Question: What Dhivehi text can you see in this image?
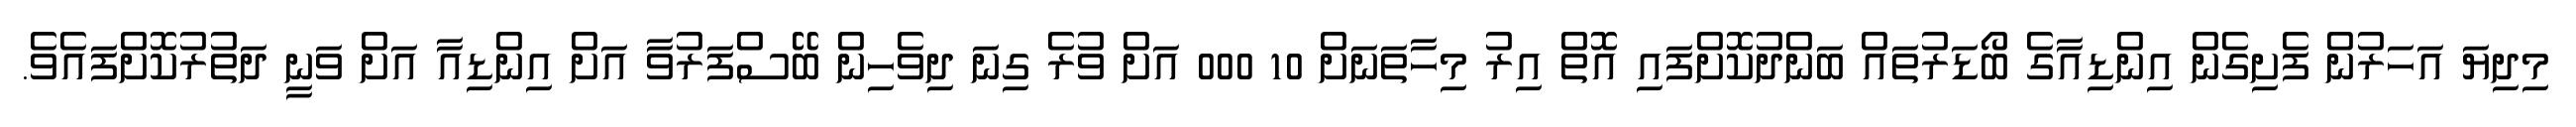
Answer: މިދިޔަ އަހަރުން ފެށިގެން އިންޑިއާގެ ބޯޑަރުތައް ބަންދުކޮށްފައި އޮތް އިރު މިހާތަނަށް 10 000 އަށް ވުރެ ގިނަ ދިވެހިން ބޭސްފަރުވާ އަށް އިންޑިއާ އަށް ވަނީ ދަތުރުކޮށްފައެވެ.